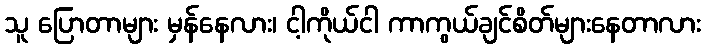
သူ ပြောတာများ မှန်နေလား၊ ငါ့ကိုယ်ငါ ကာကွယ်ချင်စိတ်များနေတာလား